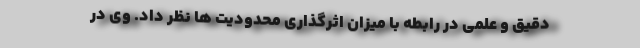
دقیق و علمی در رابطه با میزان اثرگذاری محدودیت ‌ها نظر داد. وی در